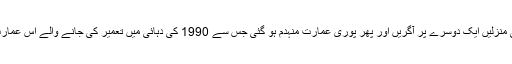
ریکٹر سکیل پر 6.4 شدت سے آنے والے زلزلے سے 17منزلہ رہائشی عمارت کی منزلیں ایک دوسرے پر آگریں اور پھر پوری عمارت منہدم ہو گئی جس سے 1990 کی دہائی میں تعمیر کی جانے والے اس عمارت میں استعمال ہونے والے تعمیراتی سامان اور مہارت پر سوالات اٹھائے گئے ہیں۔